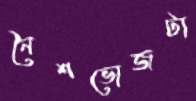
নৈশভোজটা